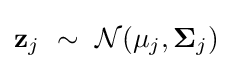
\mathbf {z} _{j}\ \sim \ {\mathcal {N}}(\mathbf {\mu } _{j},\mathbf {\Sigma } _{j})